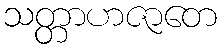
သတ္တာဟဇာတေ